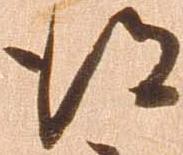
得